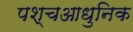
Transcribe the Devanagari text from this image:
पश्चआधुनिक